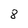
Character: 8